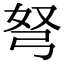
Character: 弩